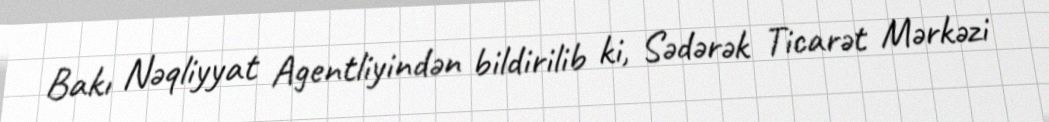
Bakı Nəqliyyat Agentliyindən bildirilib ki, Sədərək Ticarət Mərkəzi